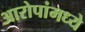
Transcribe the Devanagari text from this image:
आरोपांमध्ये